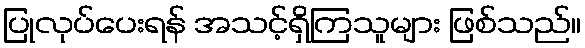
ပြုလုပ်ပေးရန် အသင့်ရှိကြသူများ ဖြစ်သည်။